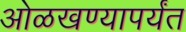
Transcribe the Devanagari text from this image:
ओळखण्यापर्यंत